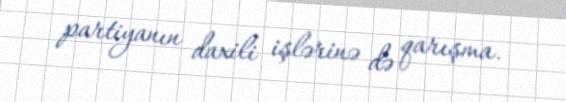
partiyanın daxili işlərinə də qarışma.